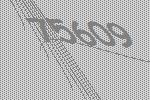
75609